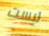
ليست